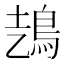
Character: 𩿆